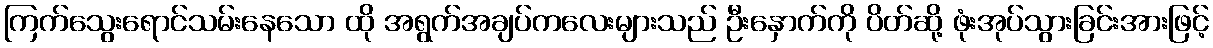
ကြက်သွေးရောင်သမ်းနေသော ထို အရွက်အချပ်ကလေးများသည် ဦးနှောက်ကို ပိတ်ဆို့ ဖုံးအုပ်သွားခြင်းအားဖြင့်